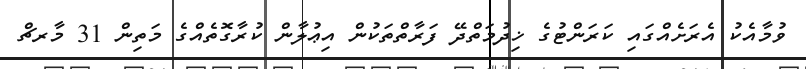
ވުމާއެކު އެރަށެއްގައި ކަރަންޓުގެ ޚިދުމަތްދޭ ފަރާތްތަކުން އިޢުލާން ކުރާގޮތެއްގެ މަތިން 31 މާރޗް